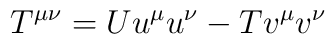
T^{\mu \nu }=Uu^\mu u^\nu -Tv^\mu v^\nu